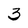
Character: 3